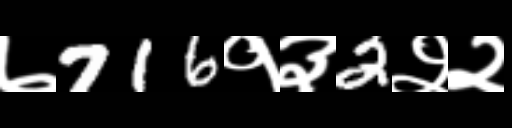
Text: ७716१३2२२